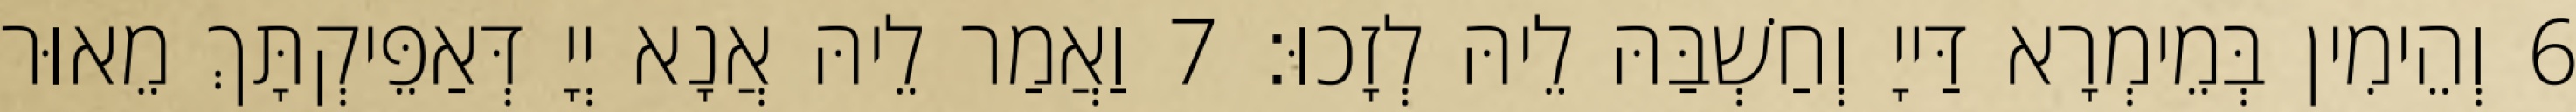
6 וְהֵימִין בְּמֵימְרָא דַּייָ וְחַשְׁבַּהּ לֵיהּ לְזָכוּ׃ 7 וַאֲמַר לֵיהּ אֲנָא יְיָ דְּאַפֵּיקְתָּךְ מֵאוּר